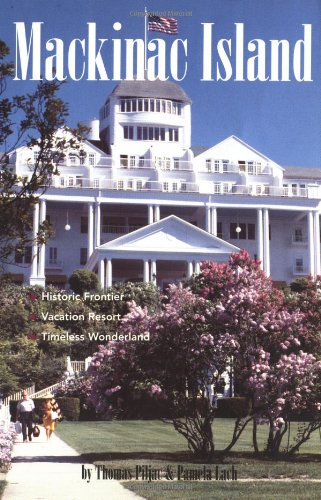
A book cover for Mackinac Island: Historic Frontier, Vacation Resort, Timeless Wonderland; Pamela A. Piljac; Travel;